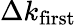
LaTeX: \Delta k_{\mathrm{first}}